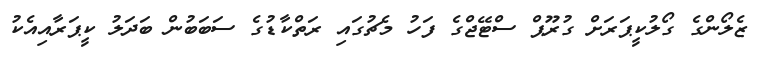
ޒެލޯންގެ ގޯލުކީޕަރަށް ގުރޫޕް ސްޓޭޖްގެ ފަހު މެޗުގައި ރަތްކާޑުގެ ސަބަބުން ބަދަލު ކީޕަރާއިއެކު